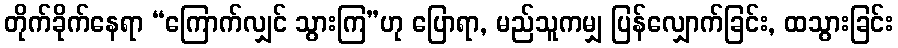
တိုက်ခိုက်နေရာ “ကြောက်လျှင် သွားကြ”ဟု ပြောရာ, မည်သူကမျှ ပြန်လျှောက်ခြင်း, ထသွားခြင်း